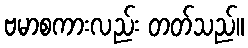
ဗမာစကားလည်း တတ်သည်။